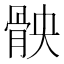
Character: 𮪧